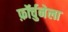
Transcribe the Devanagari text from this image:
फ़ॉर्चुनेला